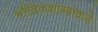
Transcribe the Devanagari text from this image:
भौतिकशास्त्राकडे